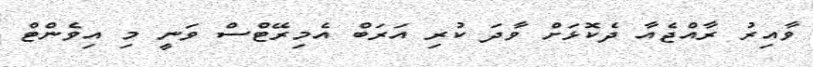
ވާއިރު ރާއްޖެއާ ދެކޮޅަށް ވާދަ ކުރި އަރަބް އެމިރޭޓްސް ވަނީ މި އިވެންޓް